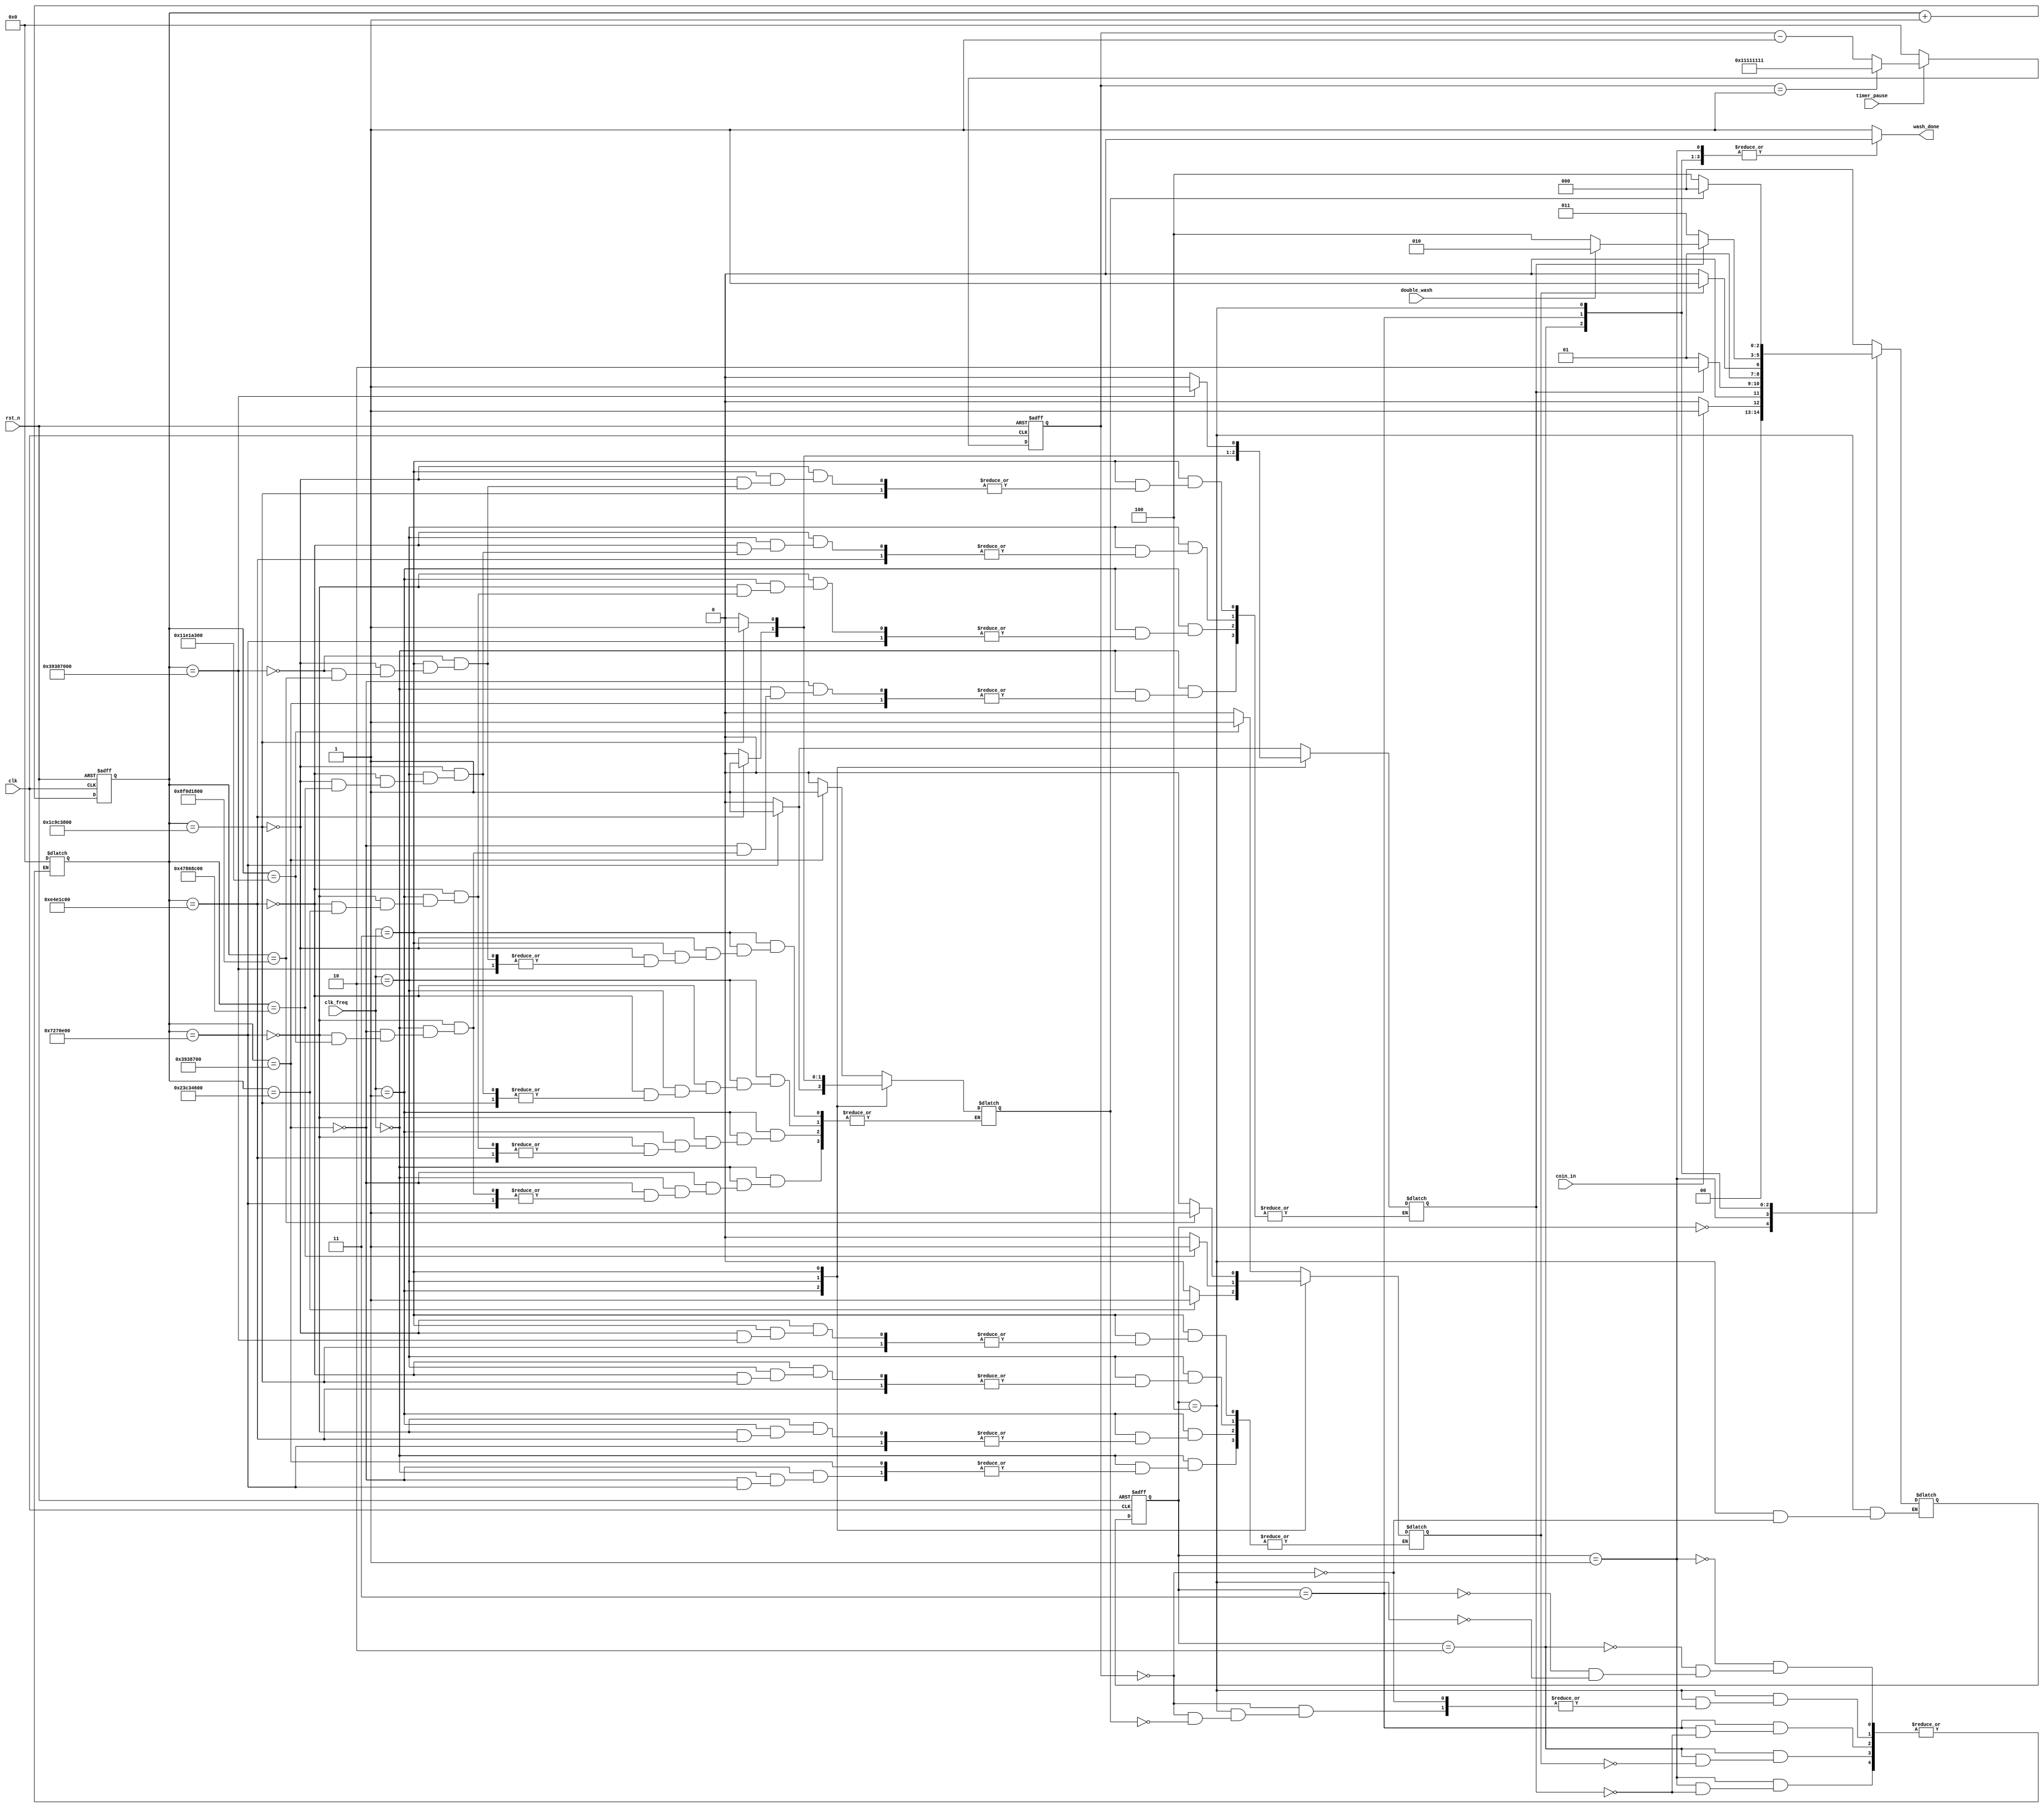
module wash(  
    input rst_n,
    input clk,
    input [1:0]clk_freq,
    input coin_in,
    input double_wash,
    input timer_pause,
    output reg wash_done);

localparam s0 = 3'b000, 
           s1 = 3'b001,
           s2 = 3'b010,
           s3 = 3'b011,
           s4 = 3'b100;
reg[2:0] current_state, next_state;
reg flag;
reg [31:0] counter1_out, counter2_out;
reg one;
reg two;
reg five;



always @(posedge clk or negedge rst_n)
  begin
   if (!rst_n)
     begin 
       current_state <= s0;
     end
   else 
     begin
      current_state <= next_state;
     end
  end

// counter of state timer 
always @(posedge clk or negedge rst_n) begin
   if (!rst_n)
     begin 
       counter1_out <= 32'b0;
     end 
   else 
     begin
      counter1_out <= counter1_out + 32'b1;
     end 
end


// down counter for pause 
always @(posedge clk or negedge rst_n) begin
   if (!rst_n)
     begin 
       counter2_out <= 32'H11111111;
     end 
    else if (~timer_pause)begin
      counter2_out <= 32'b0; 
    end 
    else if (counter2_out == 32'b1)begin
      counter2_out <= 32'H11111111;
    end 
   else begin
      counter2_out <= counter2_out - 32'b1;
     end 
end




always @(*) begin
  case (clk_freq)
  2'b00:begin
    if (counter1_out == 32'd60000000)begin
      one = 1'b1;
    end 
    else if (counter1_out == 32'd120000000)begin
      two = 1'b1;
    end 
    else if (counter1_out == 32'd300000000)begin
      five  = 1'b1;
    end
    else begin 
      one = 1'b0;
      two = 1'b0;
      five = 1'b0;
    end 
  end

    2'b01:begin
    if (counter1_out == 32'd120000000)begin
      one = 1'b1;
    end 
    else if (counter1_out == 32'd240000000)begin
      two = 1'b1;
    end 
    else if (counter1_out == 32'd600000000)begin
      five  = 1'b1;
    end
    else begin 
      one = 1'b0;
      two = 1'b0;
      five = 1'b0;
    end 
  end

      2'b10:begin
    if (counter1_out == 32'd240000000)begin
      one = 1'b1;
    end 
    else if (counter1_out == 32'd480000000)begin
      two = 1'b1;
    end 
    else if (counter1_out == 32'd1200000000)begin
      five  = 1'b1;
    end
    else begin 
      one = 1'b0;
      two = 1'b0;
      five = 1'b0;
    end 
  end

     2'b11:begin
    if (counter1_out == 32'd480000000)begin
      one = 1'b1;
    end 
    else if (counter1_out == 32'd960000000)begin
      two = 1'b1;
    end 
    else if (counter1_out == 32'd2400000000)begin
      five  = 1'b1;
    end
    else begin 
      one = 1'b0;
      two = 1'b0;
      five = 1'b0;
    end 
  end
  endcase 
  
end

always @(*)
  begin
   wash_done = 1'b1;
   
   case (current_state)
     s0: begin
          wash_done = 1'b1;
          if (coin_in)
             begin
             next_state = s1;
             end
          else
             begin
             next_state = s0;
             end
          end
     s1: begin
         wash_done = 1'b0;
         if (two) begin
         counter1_out = 32'b0;
         next_state = s2;
         end 
         else begin 
          next_state = s1;
         end 
         end
     s2: begin
         wash_done = 1'b0;
         if (five)begin
         counter1_out = 32'b0;
         next_state = s3;
         end 
         else begin 
          next_state = s2;
         end 
         end
     s3: begin
         wash_done = 1'b0;
         if (two)begin
          counter1_out = 32'b0;
         if (double_wash)
            begin
             next_state = s2;
            end
         else
             begin
              next_state = s4;
             end
         end
         else begin 
          next_state = s3;
         end 
     end
     s4: begin
          wash_done = 1'b0;
          if (counter2_out == 32'b0)begin
          if (one) begin
          counter1_out = 32'b0;
          next_state = s0;
          end 
          else begin 
             next_state = s4;
          end 
          end
         end
    default: next_state = s0;
   endcase
  end
endmodule